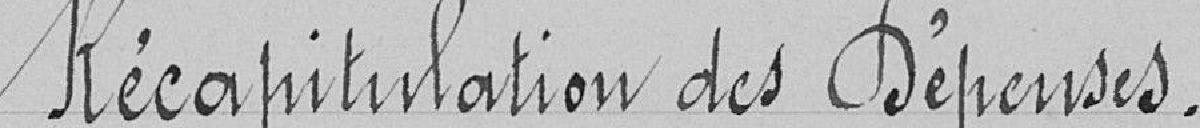
Récapitulation des Dépenses.